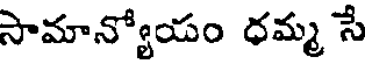
సామాన్యోయం ధమ్మ సే